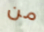
من